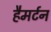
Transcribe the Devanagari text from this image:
हैमर्टन